Vana-Antsla_vallavalitsus, lk 109
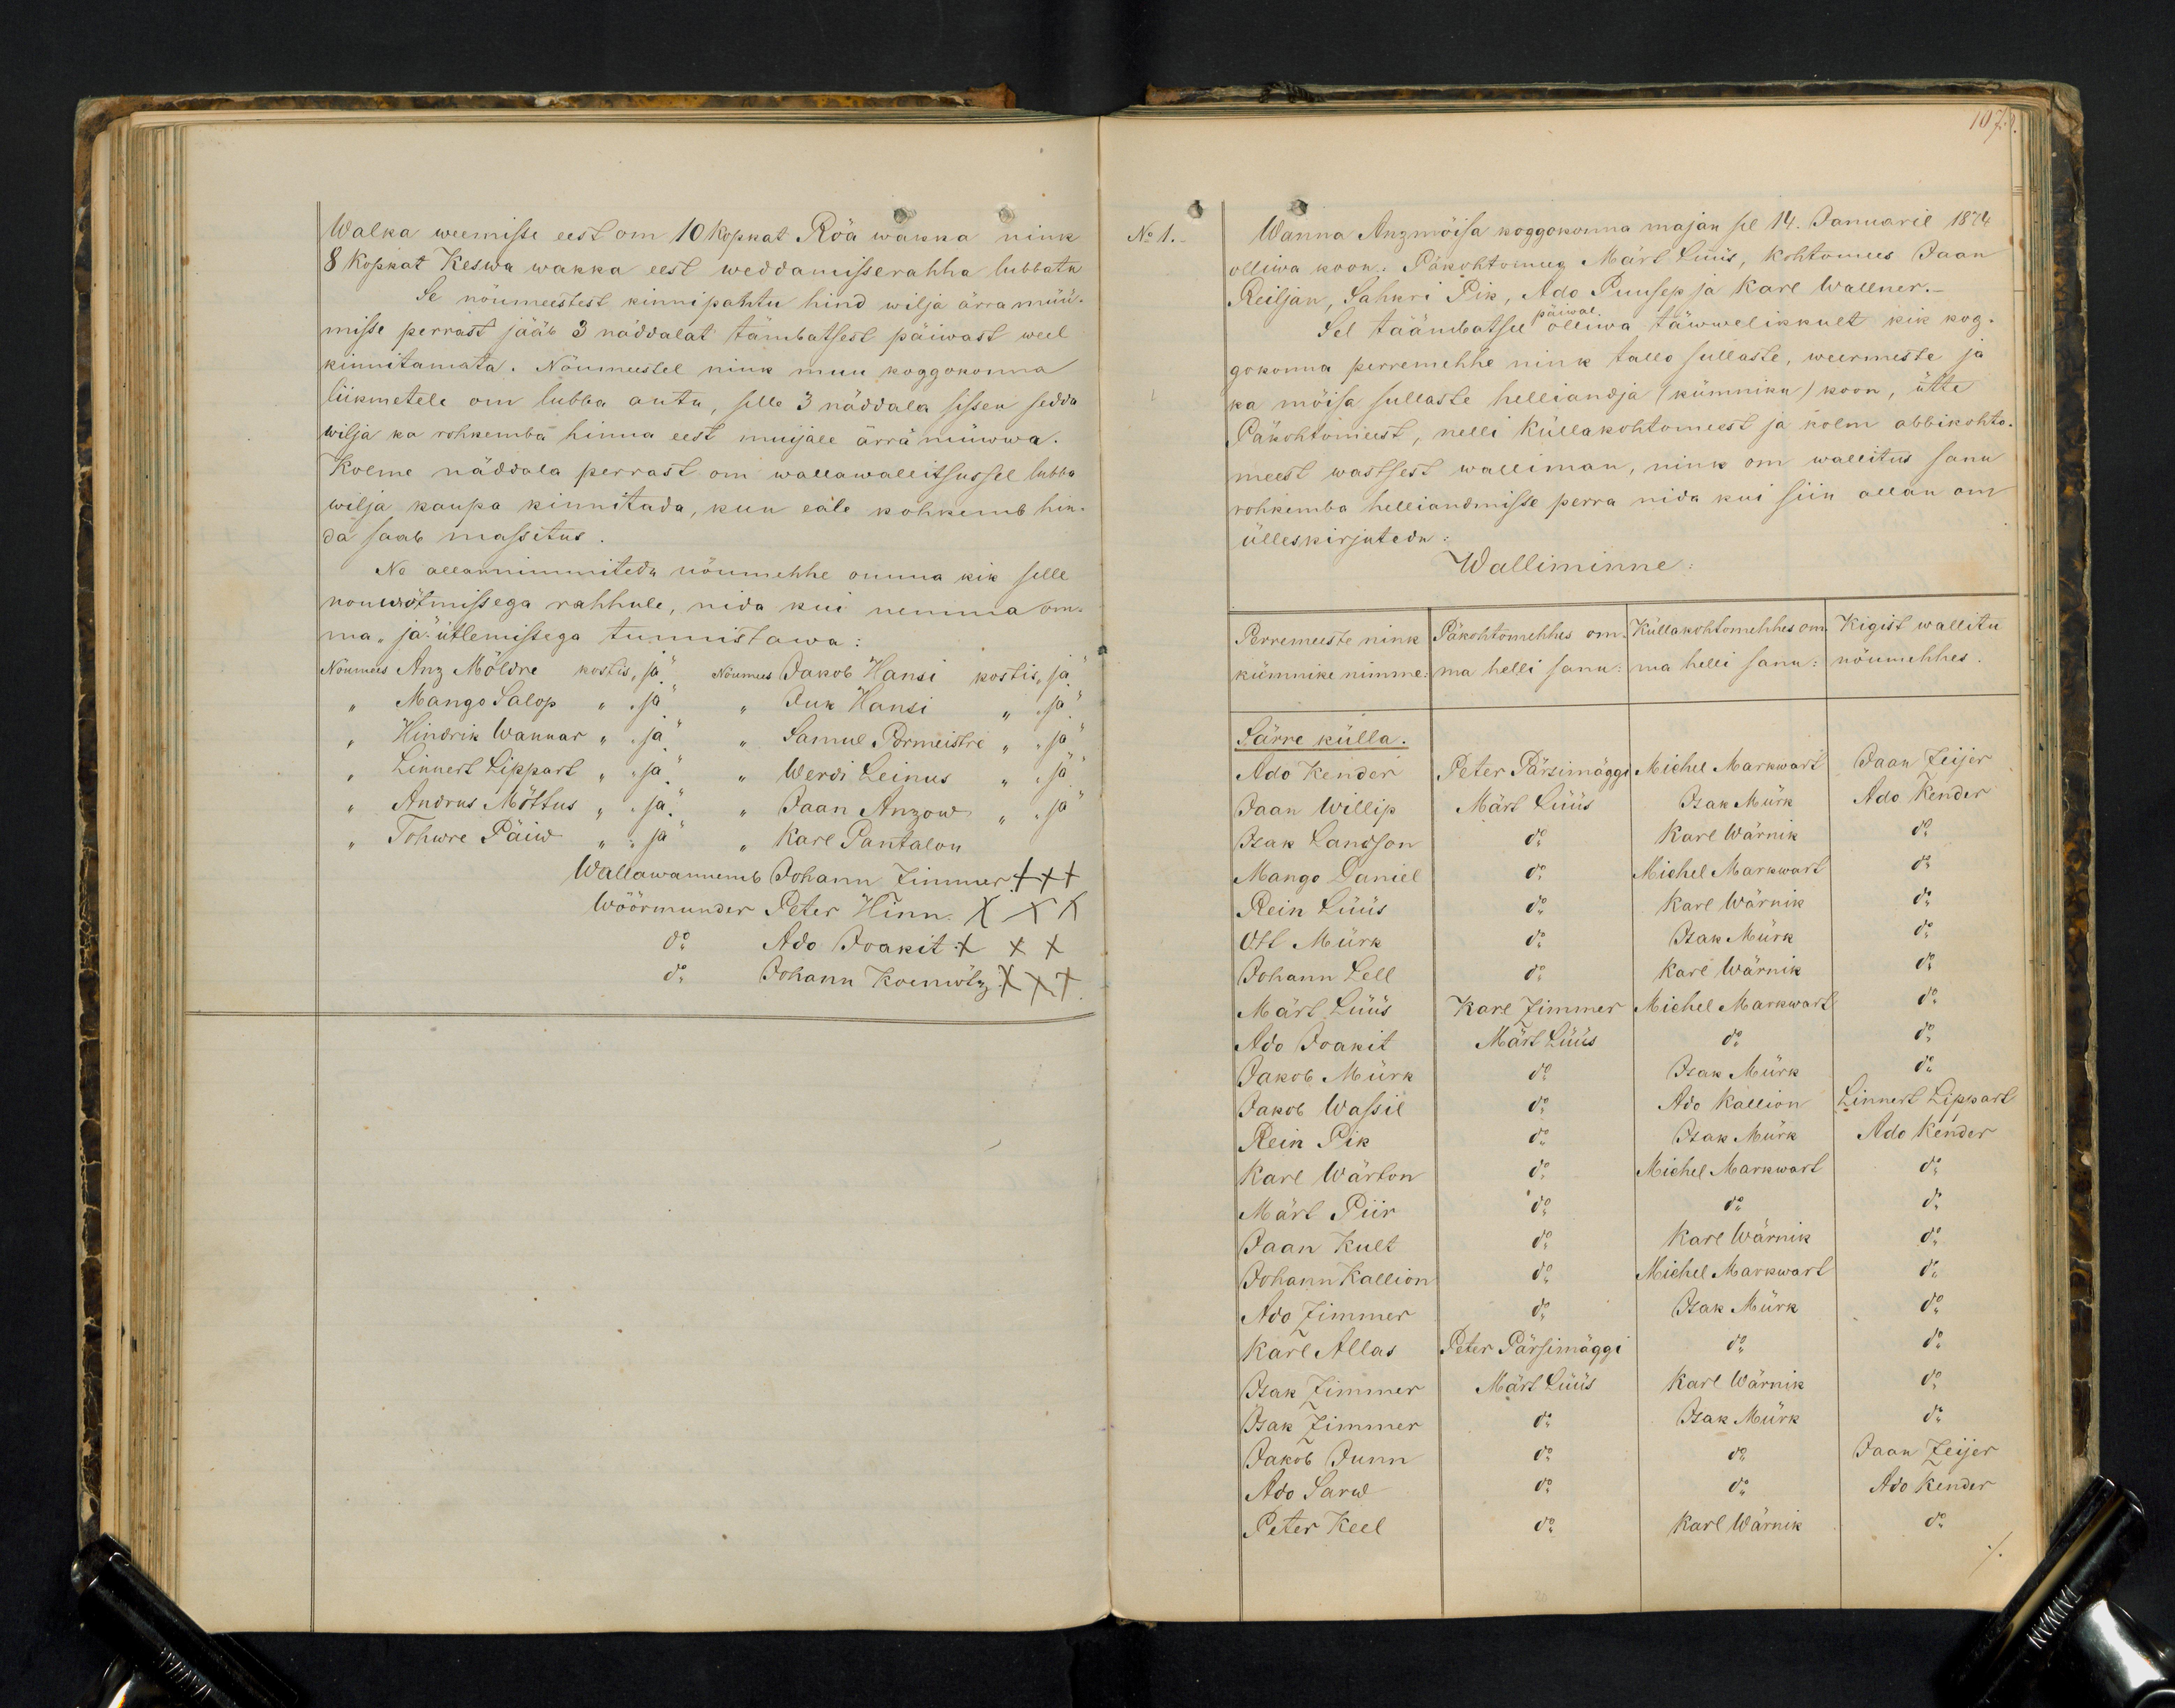
Walka weemisse eest on 10 kopkat Röa wakka nink
8 kopkat Keswa wakka eest weddamisserahha lubbatu
Se nöumeestest kinnipantu hind wilja ärra müü-
mise perrast jääb 3 näddalat tambatsest päiwast weel
kinnitamata. Nöumeestel nink muu koggokonna
liikmetele om lubba antu, selle 3 näddala sissen sedda
wilja ka rohkemba hinna eest muijale ärrä müwwa.
Kolme näddala perrast om wallawalitsussel lubba
wilja kaupa kinnitada, kun eale kohkemb hin-
da saab massetus
Ne allannimmitedu nöumehhe omma kik selle
nouwötmisega rahhule, nida kui nemma om-
ma "ja" ütlemistega tunnistawa:
Nöumees Anz Möldre kostis "ja" Nöumees Jakob Hansi kosti "ja
" Mango Salop " "ja" " Juk Hansi " "ja"
" Hindrik Wannar " "ja" " Samuel Pormeistre " "ja
" Linnert Lippart " "ja" " Werdi Leinus " "ja
" Andrus Mõttus " "ja" " Jaan Anzow " "ja"
" Tohwre Päiw " "ja" " Karl Pantalon
Wallawanemb Johann Zimmer XXX
Wöörmunder Peter Hinn XXX
do Ado Joakit XXX
do  Johann Koemötz XXX

107.
No 1.
Wanna Anzmöisa koggokonna majan sel 14. Januaril 1874.
olliwa koon: Päkohtomees Märt Lüüs, Kohtomees Jaan
Reiljan, Sahuri Pik, Ado Puusep ja Karl Wallner.-
Sel täämbatsel päiwal olliwa täwwelikkult kik kog-
gokonna perremehhe nink tallo sullaste, weermeeste ja
ka möisa sullaste helliandja (kümniku) koon, ütte
Päkohtomeest, nelli küllakohtumeest ja kolm abbikohto
meest wastsest walliman, nink om wallitus sanu
rohkemba helliandmiste perra nida kui siin allan om
ülleskirjutedu
Walliminne:
Perremeeste nink
Päkohtomehhes om
Küllakohtomehhes om-
Kigist wallitu
kümnike nimme
ma helli sanu
ma helli sanu
nõumehhes
Särre külla.
Ado Kender
Peter Pärsimäggi
Michel Markwart
Jaan Zeijer
Jaan Willip
Märt Lüüs
Isak Mürk
Ado Kender
Isak Landson
do
Karl Wärnik
do
Mango Daniel
do
Michel Markwart
Rein Lüüs
do Karl Wärnik do
do
Ott Mürk
Isak Mürk
do
Johann Lell
Karl Wärnik
do
Märt Lüüs
Karl Zimmer Michel Markwart do
Ado Ioakit
Märt Lüüs
do
Jakob Mürk
Isak Müirk
Jakob Wassil
do Ado Kallion Linnert Lippart
Rein Pik do
Isak Mürk
Ado Kender
Karl Wärton do Michel Markwart do
Märt Piir do do do
Jaan Kult do Karl Wärnik do
Johann Kallion do Michel Markwart do
Ado Zimmer do
Isak Mürk do
Karl Allas Peter Pärsimäggi
Isak Zimmer Märt Lüüs
Karl Wärnik
Isak Zimmer do
Isak Mürk
Jakob Junn
do
Jaan Zeijer
Ado Sarw
do
Ado Kender
Peter Keel do
Karl Wärnik
do